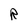
Character: R